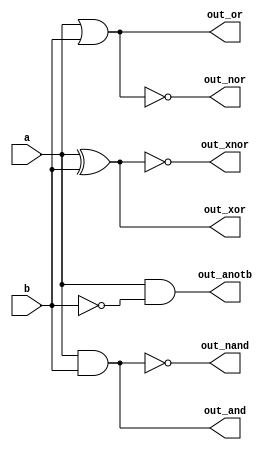
module top_module( 
    input a, b,
    output out_and,
    output out_or,
    output out_xor,
    output out_nand,
    output out_nor,
    output out_xnor,
    output out_anotb
);

assign out_and = a & b;
assign out_or = a | b;
assign out_xor = a ^ b;
//
assign out_nand = ~(a & b);
//
assign out_nor = ~(a | b);
//()
assign out_xnor = ~(a ^ b);
//and_not gate
assign out_anotb = a & ~b;

endmodule